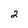
Character: 2